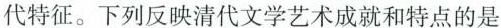
代特征。下列反映清代文学艺术成就和特点的是